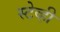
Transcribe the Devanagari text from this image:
स्टेव्ही